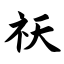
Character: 祆